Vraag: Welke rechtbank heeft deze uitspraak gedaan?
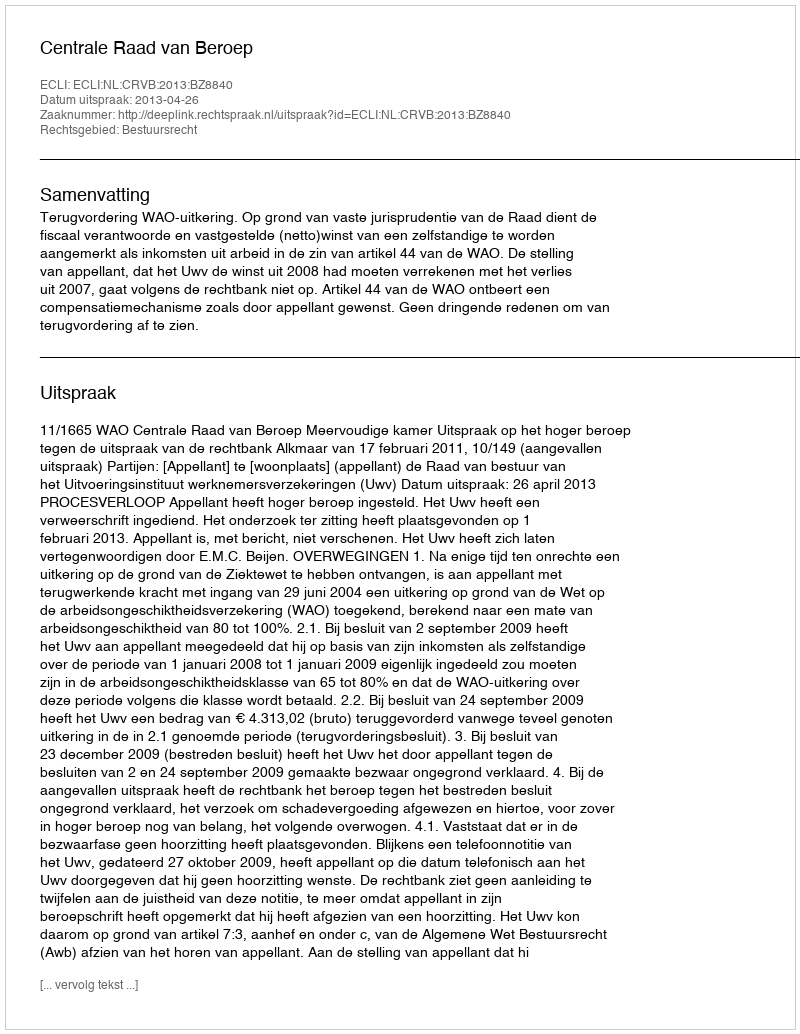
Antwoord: Centrale Raad van Beroep